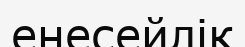
енесейлік